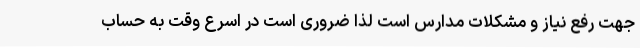
جهت رفع نیاز و مشکلات مدارس است لذا ضروری است در اسرع وقت به حساب